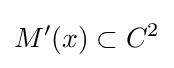
M'(x)\subset C^{2}